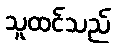
သူထင်သည်